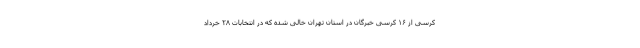
کرسی از ۱۶ کرسی خبرگان در استان تهران خالی شده که در انتخابات ۲۸ خرداد